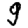
Digit: 9